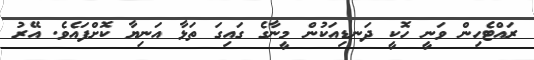
ރައްޓެހިން ވަނީ ހޮކީ ދަނޑިއަކުން މީނާގެ ގައިގަ ތަޅާ އަނިޔާ ކޮށްފައެވެ. އޭރު